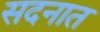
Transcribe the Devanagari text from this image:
सदनात